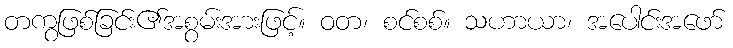
တကွဖြစ်ခြင်း၏အစွမ်းအားဖြင့်။ ဝတ၊ စင်စစ်။ သဟာယာ၊ အပေါင်းအဖော်